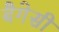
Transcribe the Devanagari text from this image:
बैगेसी